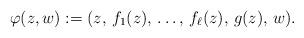
LaTeX: \begin{align*}\varphi(z,w) := (z,\,f_1(z), \,\dots,\, f_\ell(z),\, g(z),\, w).\end{align*}